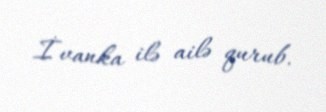
İvanka ilə ailə qurub.